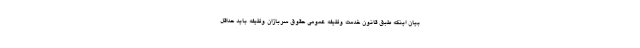
بیان اینکه طبق قانون خدمت وظیفه عمومی حقوق سربازان وظیفه باید حداقل